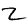
Digit: 2